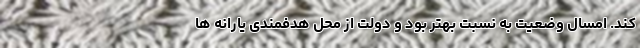
کند. امسال وضعیت به نسبت بهتر بود و دولت از محل هدفمندی یارانه ها